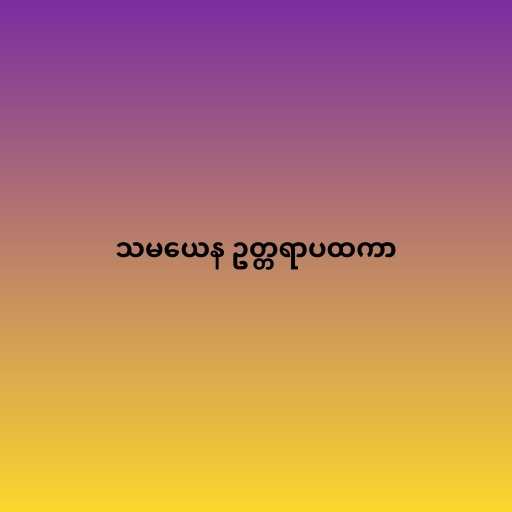
သမယေန ဥတ္တရာပထကာ